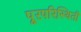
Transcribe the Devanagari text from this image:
पूरपरिस्थिती